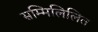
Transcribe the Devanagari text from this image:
सम्मिलिलित